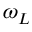
\omega _ { L }